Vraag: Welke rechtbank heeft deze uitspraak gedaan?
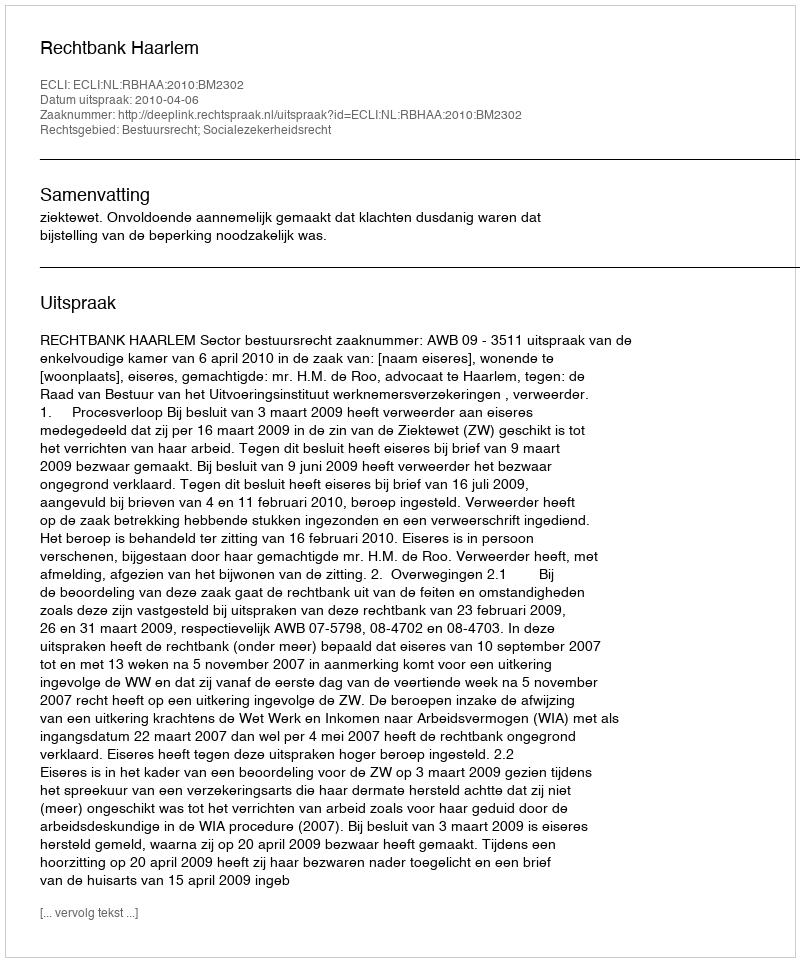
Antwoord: Rechtbank Haarlem